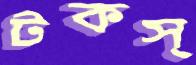
টকস্